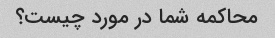
محاکمه شما در مورد چیست؟